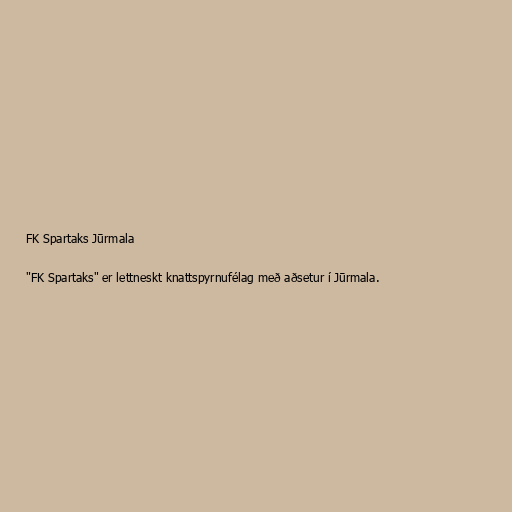
FK Spartaks Jūrmala

"FK Spartaks" er lettneskt knattspyrnufélag með aðsetur í Jūrmala.